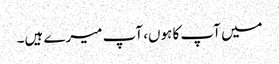
میں آپ کا ہوں، آپ میرے ہیں۔